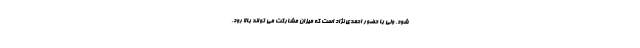
شود. ولی با حضور احمدی نژاد است که میزان مشارکت می تواند بالا رود.